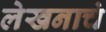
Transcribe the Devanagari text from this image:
लेखनाचं